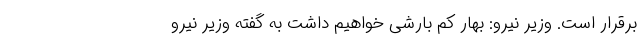
برقرار است. وزیر نیرو: بهار کم بارشی خواهیم داشت به گفته وزیر نیرو